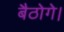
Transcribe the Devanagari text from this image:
बैठोगे।